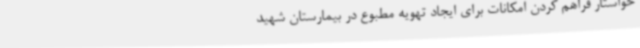
خواستار فراهم کردن امکانات برای ایجاد تهویه مطبوع در بیمارستان شهید